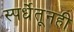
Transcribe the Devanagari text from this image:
स्पर्धेतूनही